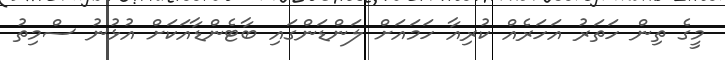
މީގެ ތިން ހަތަރު އަހަރެއް ކުރިއާ ހަމައަށް ލަންޑަންގައި ބާޓެންޑާއަކަށް އުޅުނު ސްމިތު